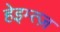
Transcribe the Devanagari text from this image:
हेइम्त्ज़